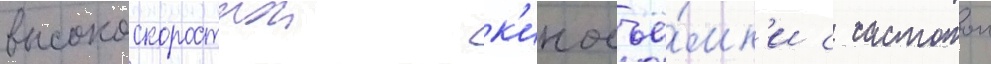
высокоскоростнои к'иносъё́мк'и с частотои